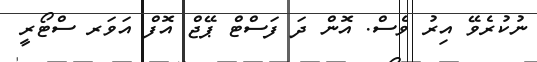
ނުކުރެވޭ އިރު ވެސް. އޮން ދަ ފަސްޓް ޕޭޖް އޮފް އަވަރ ސްޓޯރީ